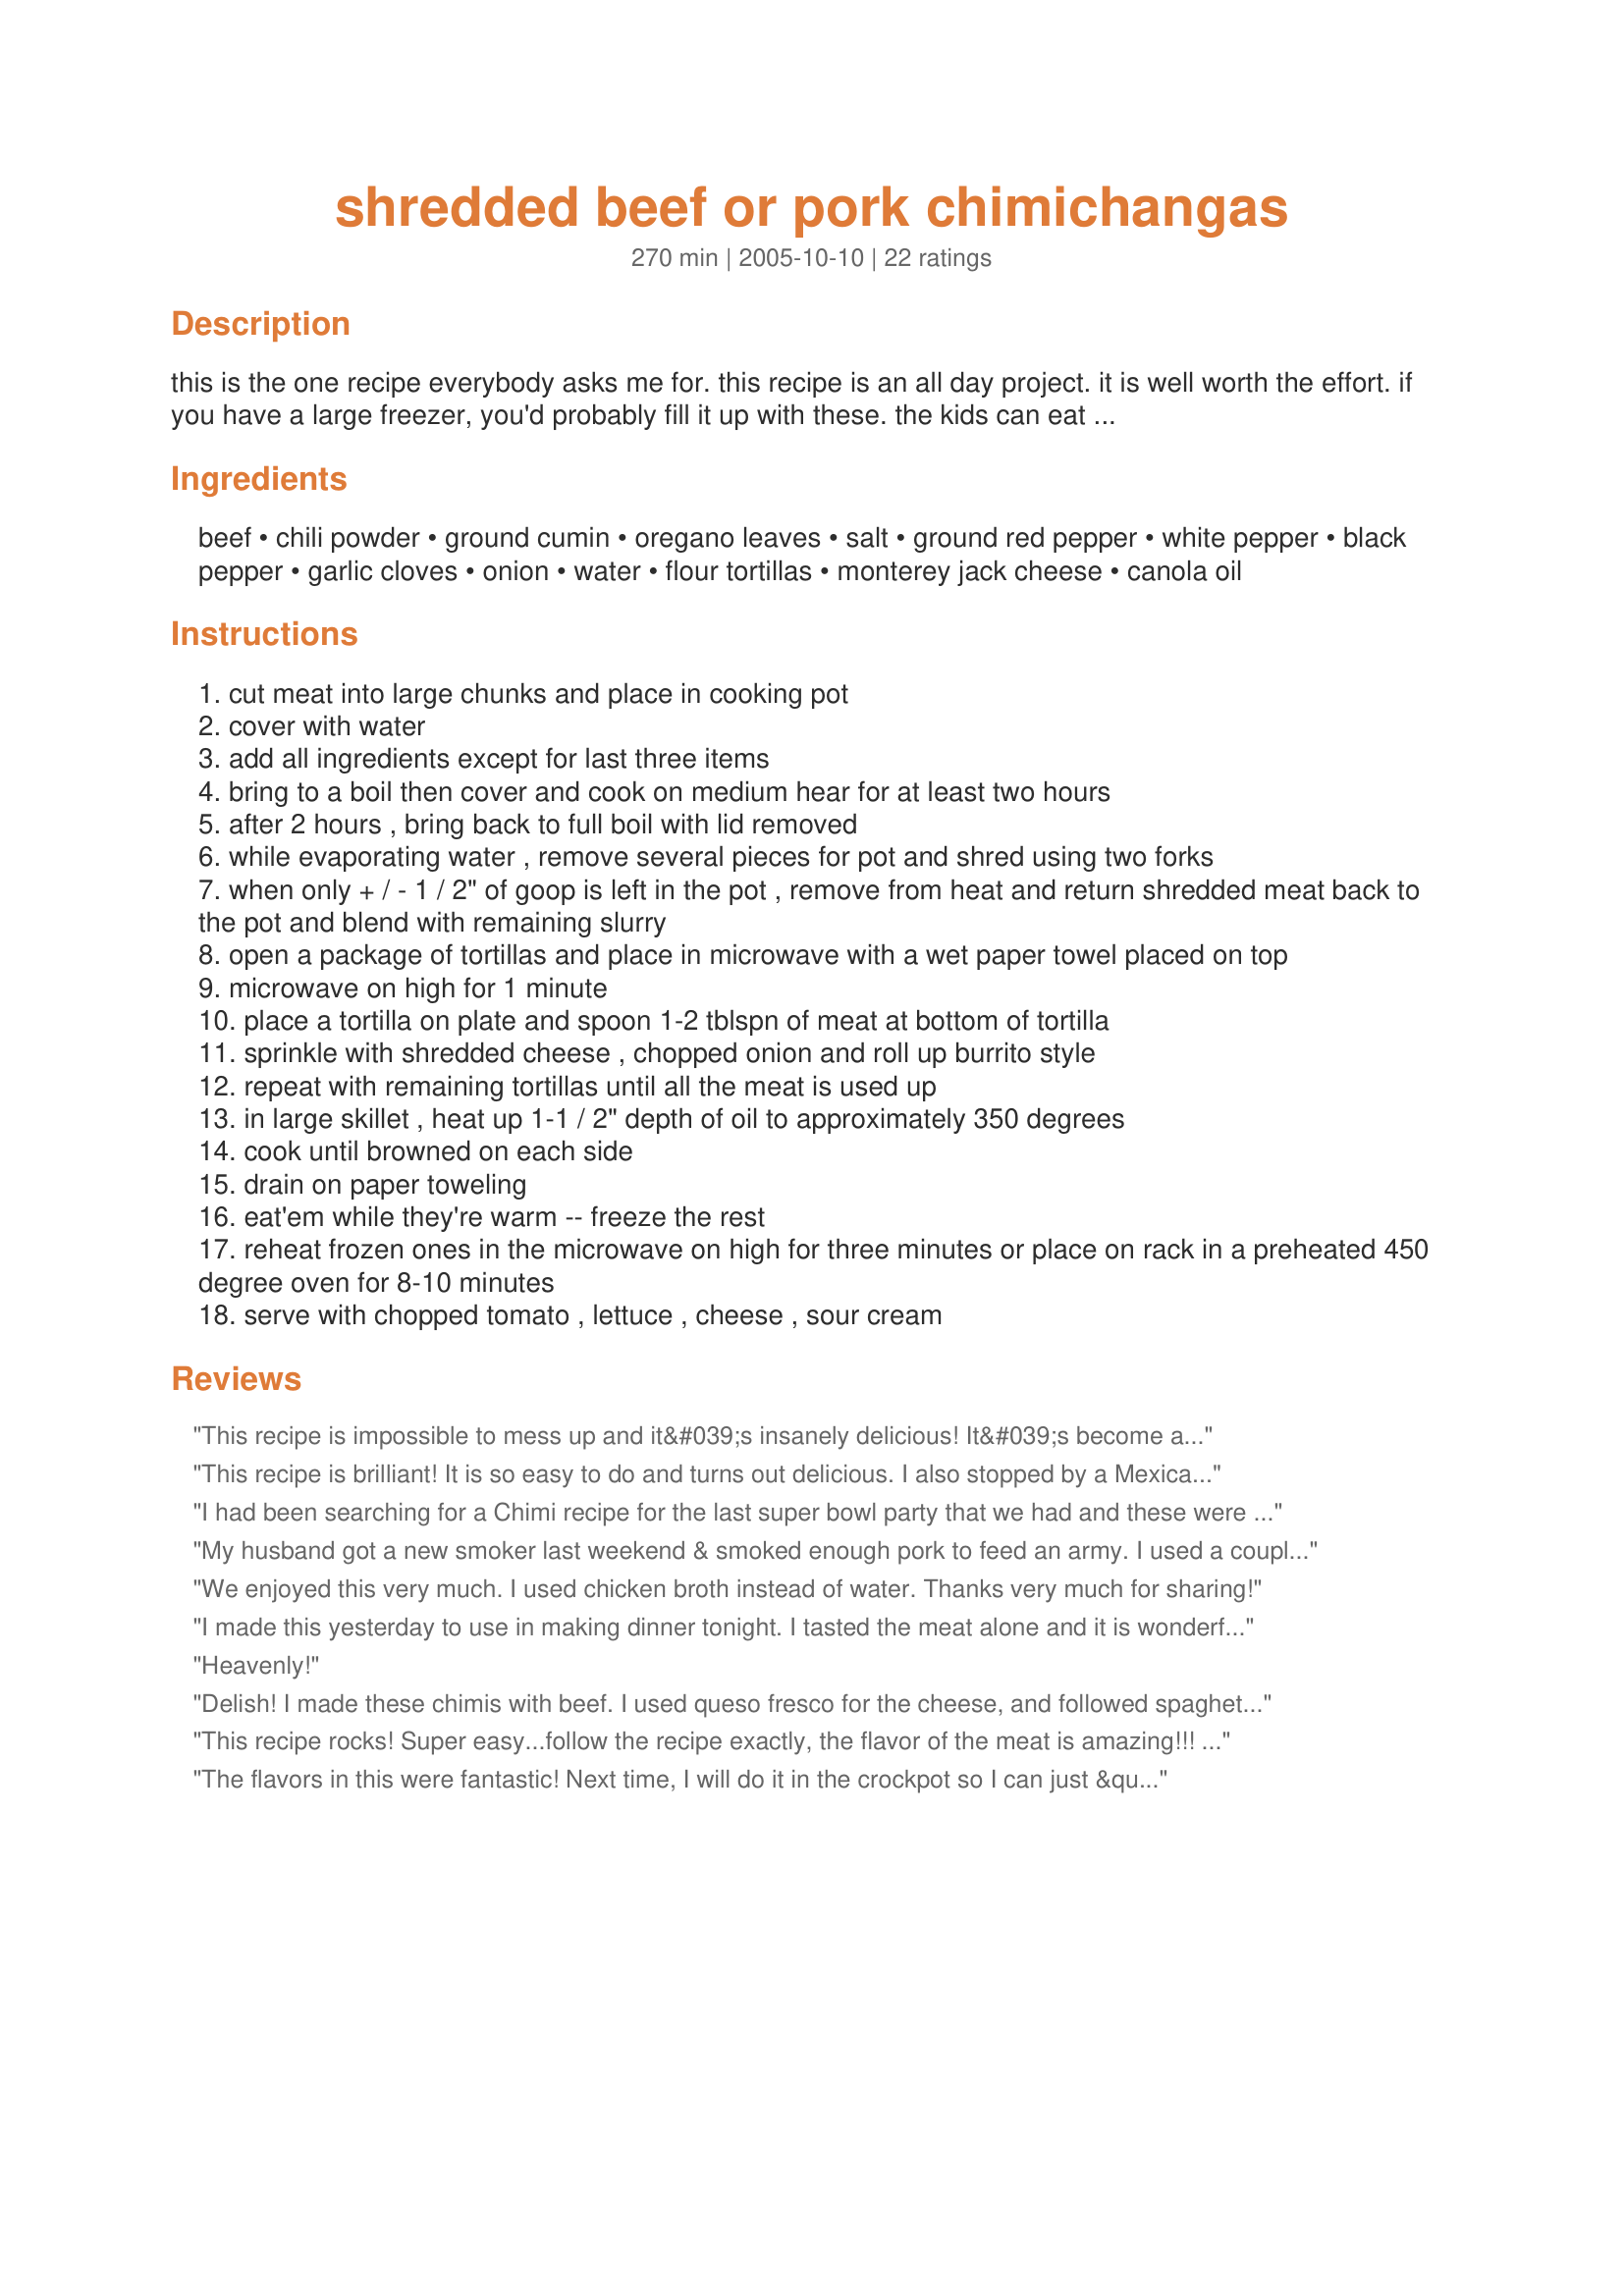
shredded beef or pork chimichangas
Preparation time: 270 minutes

this is the one recipe everybody asks me for. this recipe is an all day project. it is well worth the effort. if you have a large freezer, you'd probably fill it up with these. the kids can eat these when they come home from school, a quick dinner when you don't feel like cooking, etc.
when i tripled this recipe i started at 10am and finished around 6pm. i made about 60 of these. i roll up the sleeves and make these about twice a year. there is always a family gathering on the night they come out fresh.

bet you can't eat just one!

Ingredients:
beef, chili powder, ground cumin, oregano leaves, salt, ground red pepper, white pepper, black pepper, garlic cloves, onion, water, flour tortillas, monterey jack cheese, canola oil

Steps:
cut meat into large chunks and place in cooking pot
cover with water
add all ingredients except for last three items
bring to a boil then cover and cook on medium hear for at least two hours
after 2 hours , bring back to full boil with lid removed
while evaporating water , remove several pieces for pot and shred using two forks
when only + / - 1 / 2" of goop is left in the pot , remove from heat and return shredded meat back to the pot and blend with remaining slurry
open a package of tortillas and place in microwave with a wet paper towel placed on top
microwave on high for 1 minute
place a tortilla on plate and spoon 1-2 tblspn of meat at bottom of tortilla
sprinkle with shredded cheese , chopped onion and roll up burrito style
repeat with remaining tortillas until all the meat is used up
in large skillet , heat up 1-1 / 2" depth of oil to approximately 350 degrees
cook until browned on each side
drain on paper toweling
eat'em while they're warm -- freeze the rest
reheat frozen ones in the microwave on high for three minutes or place on rack in a preheated 450 degree oven for 8-10 minutes
serve with chopped tomato , lettuce , cheese , sour cream

Reviews:
This recipe is impossible to mess up and it&#039;s insanely delicious! It&#039;s become a staple in my house we have it at least twice a month. Thank you for the great recipe it&#039;s one of my favorite things to cook!
This recipe is brilliant! It is so easy to do and turns out delicious. I also stopped by a Mexican place and got the queso dip to pour on top. I even used the recipe for BBQ pulled pork and that turned out great too. Family favorite!
I had been searching for a Chimi recipe for the last super bowl party that we had and these were a HUGE hit!! They have almost become a staple in our family now! Justa little side note... if you are pressed for time you can preasure cook the meat and seasonings. You can cut the time in half but maintain the wonderful flavor! FANTASTIC RECIPE!! THANK YOU!!!
My husband got a new smoker last weekend & smoked enough pork to feed an army. I used a couple of hands full of the pulled pork, mixed in a skillet with Chef Booshman's suggested seasonings with a splash or two of water for about fifteen mns in a skillet heated to simmer. My family loved these chimichangas! It is my new favorite way to use left over pulled pork! Thank you!
We enjoyed this very much. I used chicken broth instead of water. Thanks very much for sharing!
I made this yesterday to use in making dinner tonight. I tasted the meat alone and it is wonderful. Can't wait until tonight.
Heavenly!
Delish! I made these chimis with beef. I used queso fresco for the cheese, and followed spaghetti_soprano's suggestion for using the tongs in the Fry Daddy. They turned out great.
This recipe rocks! Super easy...follow the recipe exactly, the flavor of the meat is amazing!!! I made homemade pico de gallo, guac and adobe sauce (chipolte pepper in adobe sauce in a can added to sour cream in food processor...household favorite) and made this recipe with a pork roast in the crock pot on low all day. I did add a spoon full of black beans to each chimichanga before frying. Simply amazing! Football Sunday's just made a new friend!
The flavors in this were fantastic! Next time, I will do it in the crockpot so I can just &quot;set it &amp; forget it&quot;.
This is a delicious recipe! I used leftover pulled pork (that had been cooked with latin american spices), and the results: YUM! I&#039;m not sure what Poollady 5&#039;s problem was with your recipe (she should&#039;ve just written her own recipe, and spelled chimichanga correctly, especially when attempting to eviscerate another person&#039;s recipe!); I&#039;m sure there are many ways to prepare chimichangas, but I found YOUR recipe to be very tasty. Everyone around my dinner table was happy!
I loved this recipe. I followed the directions and they turned out perfect. I used a chuck roast for the meat and it was so tastey and smelled awesome while it was cooking. Thank you for posting. This will be a recipe I make often.
I threw all the stuff in the recipe in the crock pot with a pork shoulder and cooked it on low for 8 hours. Yummy! These really are good as leftovers. I made a home made pico de gallo salsa that worked perfect.
Great way to use up left-over pulled pork! I just put it in a saucepan, added the seasoning and a little water with corn starch to thicken it. My 2 and 4 yr old loved these too! Thanks!
I made this with beef and the meat was very flavorful and easy to make. I'll be making this again but doubling it so there will be some left over to freeze.
I used this recipe for the shredded pork in my pressure cooker. Excellent!!
Very tasty and this was perfect for soft tacos as well as enchiladas.

Will definitely use this recipe again.

One mistake I made...I halved the salt and added 2 tomato/chicken bouillon cubes which made it too salty, but that was my bad and certainly no reflection on the original recipe.
Requested by kid #3. Ohh and shall I, too, pass the sour cream, your Royal Highness?
Ridiculously good! Seriously incredible! I've tried to make chimichangas before and they just didn't turn out but I decided to give it another try and picked this recipe because it seemed fairly easy and straightforward. I've been trying to cut some fat out of my diet so I used a very lean pork tip roast and threw it in my crockpot with all of the spices and stuff for 8 hours. When it was done I didn't even have to shred the meat it was so tender, it fell apart as soon as I took it out of the pot! A couple pulls of my fork and it was ready to go. I didn't reduce the liquid down, I just strained the onions out of the liquid (personal preference) and added some of the liquid into the meat. The first two I put into the pan ended up falling apart so I stuck some toothpicks into the ends of the others and fried them folded side down first and then pulled the toothpicks out and flipped them over. Absolutely amazing! I can't wait to heat the rest up for lunch tomorrow!
When making Chime Changas, for a Tex-Mex flavor, I also add about 1 cup ( two 4-oz cans) of Hatch green chiles to the mixture before cooking the liquid down. After liquid has reduces, add a few cups of cooked pinto, or black, beans to meat mixture, stiring to mix ingredients, reheat.

Then, AFTER Chimes are stuffed and rolled as written above, I put a small amount of water into a bowl. You can also use an &#039;egg wash&#039; by placing an egg into a small bowl. Add a couple of tablespoons of milk, beating mixture with fork, or wisk, until well beaten.

Using a pastry brush, brush the entire end of the tortilla liberally with the liquid, including any folded over side edges. This method SEALS the end of the Chimi, removing the possibility of the burrito opening up during the frying process.

Place the burrito on a long platter, seam-side DOWN, and let rest. Repeat these steps until all burritos are made.

Pour oil into large skillet until it is about 1-1/2 to 2-inches deep. Heat oil on medium-high heat. Test frying readiness by dipping fingers into a bowl of water and &#039;flicking&#039; fingers over oil. If oil sizzles and pops, then oil is ready for frying. Do NOT let oil heat to the &#039;smoking&#039;stage as this is TOO hot for frying the burritos.

Starting with the first sealed burrito, gently place it into the oil, seam-side down. Place more burriros into oil leaving space between each burrito for turning over. Fry until bottom side is golden brown. With metal tongs gently flip the burrito over and fry the other side until golden brown. Take fried burritos out of oil and place each of them onto a cookie sheet that has a metal cooling rack in it. If you do not have a cooling rack, drain Chimis on paper towels.

Top the Chimis with desired toppings. Serve with refried beans and Mexican rice.
I happened upon this recipe when looking for the spices to make shredded pork. Used only the first portion but it was wonderful
Perfect for using up some leftover crockpot pulled pork! I put a bunch of them in the freezer for lunches. I deep fried them in the fry daddy and just held them together with tongs as they fried until they could hold together on their own. Not so healthy, but a delicious treat! Thanks!
